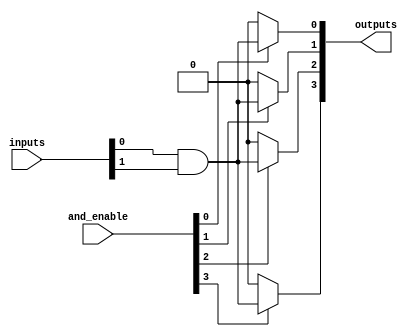
module HS_PAL #(
    parameter NUM_INPUTS = 8,   // Number of input signals
    parameter NUM_OUTPUTS = 4,  // Number of output signals
    parameter NUM_PRODUCT_TERMS = 4 // Number of product terms
)(
    input wire [NUM_INPUTS-1:0] inputs,       // Input signals
    input wire [NUM_PRODUCT_TERMS-1:0] and_enable, // Control signals for AND array
    output wire [NUM_OUTPUTS-1:0] outputs      // Output signals
);

// Internal signals
wire [NUM_PRODUCT_TERMS-1:0] product_terms; // Product terms from AND array
wire [NUM_OUTPUTS-1:0] or_inputs;            // Inputs to the OR array

// Programmable AND array
genvar i, j;
generate
    for (i = 0; i < NUM_PRODUCT_TERMS; i = i + 1) begin : and_array
        assign product_terms[i] = (and_enable[i]) ? (inputs[0] & inputs[1]) : 1'b0; // Example: AND of input[0] and input[1]
        // Extend this to configure different AND operations based on `and_enable`
    end
endgenerate

// Fixed OR array
generate
    for (j = 0; j < NUM_OUTPUTS; j = j + 1) begin : or_array
        assign or_inputs[j] = product_terms[j]; // Direct mapping for simplicity
        // You can customize this part to combine product terms as needed
    end
endgenerate

// Final output assignment
assign outputs = or_inputs;

endmodule